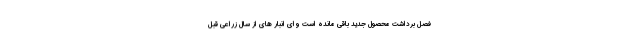
فصل برداشت محصول جدید باقی مانده است وای انبار های از سال زراعی قبل